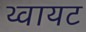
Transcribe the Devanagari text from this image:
थ्वायट